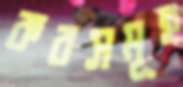
করসমূহ